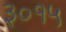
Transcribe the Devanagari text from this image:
३०१५